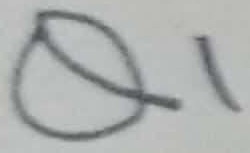
Text: Q1